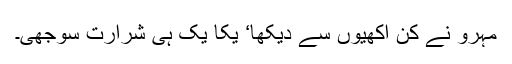
مہرو نے کن اکھیوں سے دیکھا‘ یکا یک ہی شرارت سوجھی۔